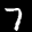
Label: 7